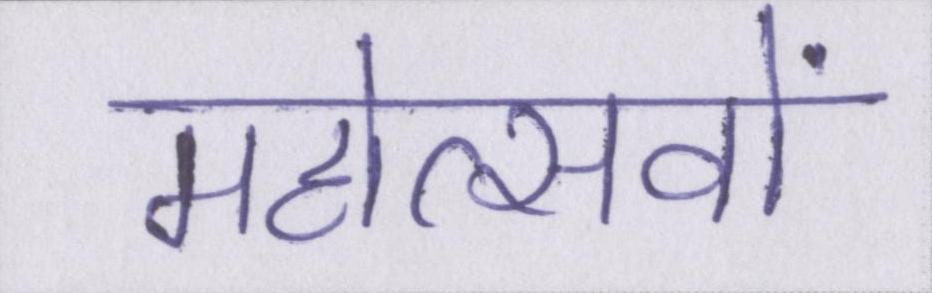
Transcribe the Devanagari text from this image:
महोत्सवों